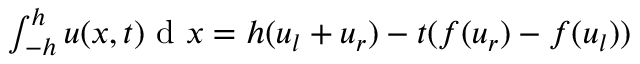
\begin{array} { r } { \int _ { - h } ^ { h } u ( x , t ) \textrm { d } x = h ( u _ { l } + u _ { r } ) - t ( f ( u _ { r } ) - f ( u _ { l } ) ) } \end{array}